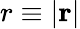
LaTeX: r\equiv|\mathbf{r}|